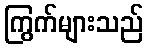
ကြွက်များသည်